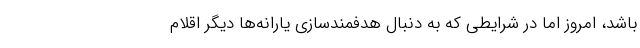
باشد، امروز اما در شرایطی که به دنبال هدفمندسازی یارانه‌ها دیگر اقلام